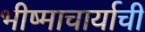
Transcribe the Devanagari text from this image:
भीष्माचार्याची